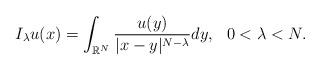
LaTeX: \begin{align*}I_{\lambda}u(x)=\int_{\mathbb{R}^{N}}\frac{u(y)}{|x-y|^{N-\lambda}}dy,\,\,\,\,0<\lambda<N.\end{align*}